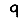
Digit: 9